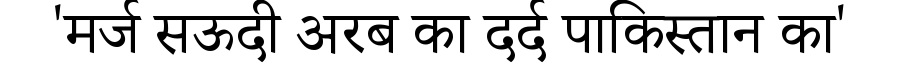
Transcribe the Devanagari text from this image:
'मर्ज सऊदी अरब का दर्द पाकिस्तान का'